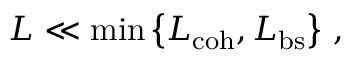
L \ll \operatorname* { m i n } \left\{ L _ { \mathrm { c o h } } , L _ { \mathrm { b s } } \right\} \, ,